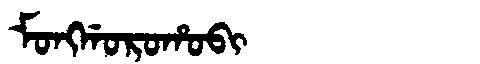
Manchu: ᠮᠣᠩᡤᠣᡵᠣᡥᠣᠪᡳ
Romanization: MONGGOROHOBI